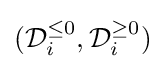
({\mathcal {D}}_{i}^{\leq 0},{\mathcal {D}}_{i}^{\geq 0})